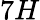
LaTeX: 7H